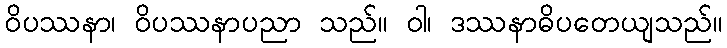
ဝိပဿနာ၊ ဝိပဿနာပညာ သည်။ ဝါ၊ ဒဿနာဓိပတေယျသည်။